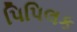
પિપિલક